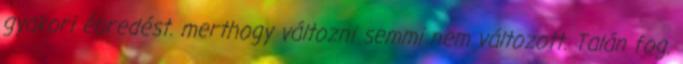
gyakori ébredést. merthogy változni semmi nem változott. Talán fog.